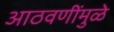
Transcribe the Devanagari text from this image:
आठवणींमुळे